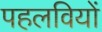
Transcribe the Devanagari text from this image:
पहलवियों